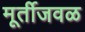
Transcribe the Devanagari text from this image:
मूर्तीजवळ